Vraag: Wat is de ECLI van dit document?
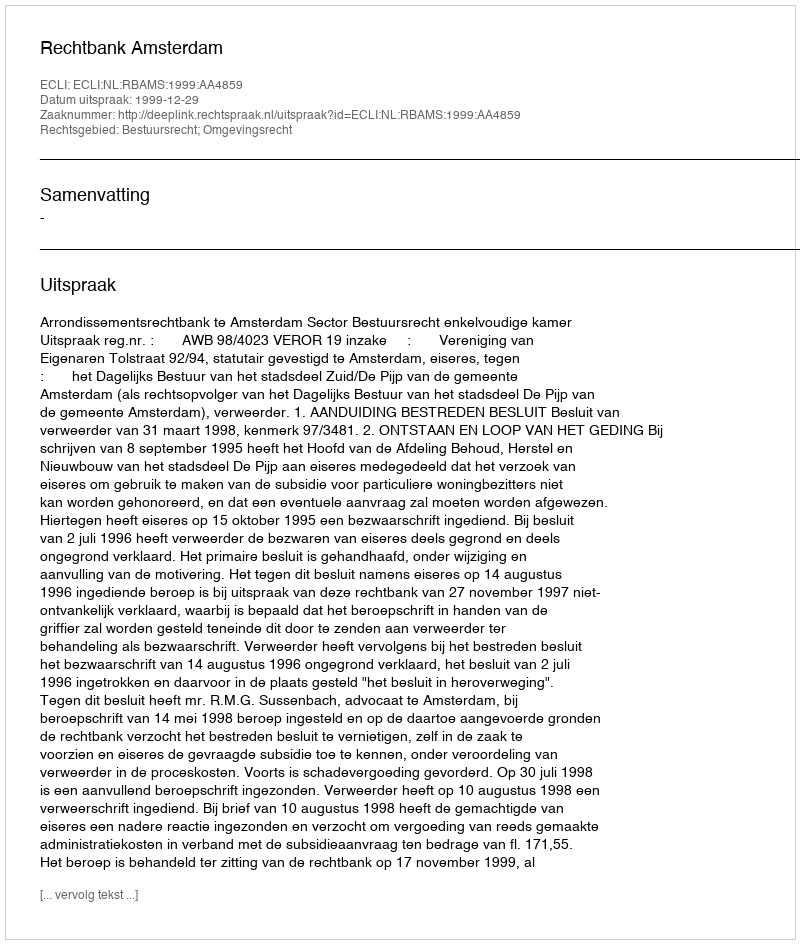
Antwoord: ECLI:NL:RBAMS:1999:AA4859